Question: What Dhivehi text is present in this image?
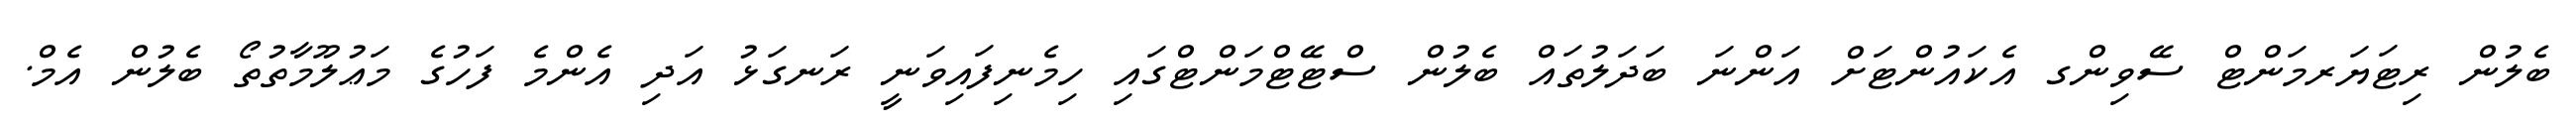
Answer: ބެލުން ރިޓަޔަރމަންޓް ސޭވިންގ އެކައުންޓަށް އަންނަ ބަދަލުތައް ބެލުން ސްޓޭޓްމަންޓްގައި ހިމެނިފައިވަނީ ރަނގަޅު އަދި އެންމެ ފަހުގެ މަޢުލޫމާތުތޯ ބެލުން އެމް.